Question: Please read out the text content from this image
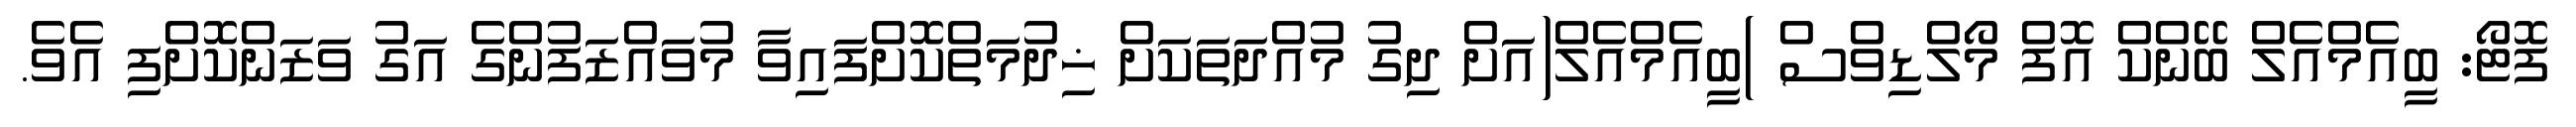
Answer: ފޮޓޯ: ބީއެމްއެލް ބޭންކް އޮފް މޯލްޑިވްސް )ބީއެމްއެލް(އަށް ދިގު މުއްދަތަކަށް ޚިދުމަތްކޮށްފައިވާ މުވައްޒަފުންގެ އަގު ވަޒަންކޮށްފި އެވެ.